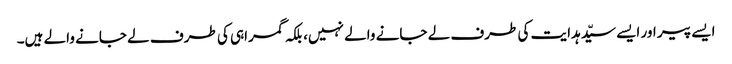
ایسے پیر اور ایسے سیّد ہدایت کی طرف لے جانے والے نہیں، بلکہ گمراہی کی طرف لے جانے والے ہیں۔